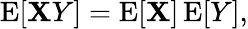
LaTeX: \operatorname{E}[\mathbf{X}Y]=\operatorname{E}[\mathbf{X}]\operatorname{E}[Y],